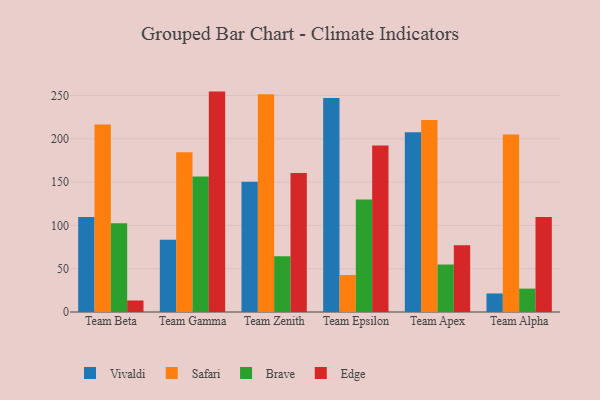
{"axis": {"x": "Team", "y": "Headcount"}, "legend": ["Brave", "Edge", "Safari", "Vivaldi"], "data": [{"x": "Team Beta", "y": 109.8, "type": "Vivaldi"}, {"x": "Team Beta", "y": 216.5, "type": "Safari"}, {"x": "Team Beta", "y": 102.4, "type": "Brave"}, {"x": "Team Beta", "y": 13.3, "type": "Edge"}, {"x": "Team Gamma", "y": 83.5, "type": "Vivaldi"}, {"x": "Team Gamma", "y": 184.6, "type": "Safari"}, {"x": "Team Gamma", "y": 156.6, "type": "Brave"}, {"x": "Team Gamma", "y": 254.5, "type": "Edge"}, {"x": "Team Zenith", "y": 150.3, "type": "Vivaldi"}, {"x": "Team Zenith", "y": 251.4, "type": "Safari"}, {"x": "Team Zenith", "y": 64.4, "type": "Brave"}, {"x": "Team Zenith", "y": 160.4, "type": "Edge"}, {"x": "Team Epsilon", "y": 247.0, "type": "Vivaldi"}, {"x": "Team Epsilon", "y": 42.7, "type": "Safari"}, {"x": "Team Epsilon", "y": 130.0, "type": "Brave"}, {"x": "Team Epsilon", "y": 192.2, "type": "Edge"}, {"x": "Team Apex", "y": 207.6, "type": "Vivaldi"}, {"x": "Team Apex", "y": 221.8, "type": "Safari"}, {"x": "Team Apex", "y": 54.8, "type": "Brave"}, {"x": "Team Apex", "y": 77.0, "type": "Edge"}, {"x": "Team Alpha", "y": 21.4, "type": "Vivaldi"}, {"x": "Team Alpha", "y": 205.0, "type": "Safari"}, {"x": "Team Alpha", "y": 27.0, "type": "Brave"}, {"x": "Team Alpha", "y": 109.8, "type": "Edge"}]}